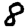
Digit: 8